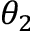
\theta _ { 2 }